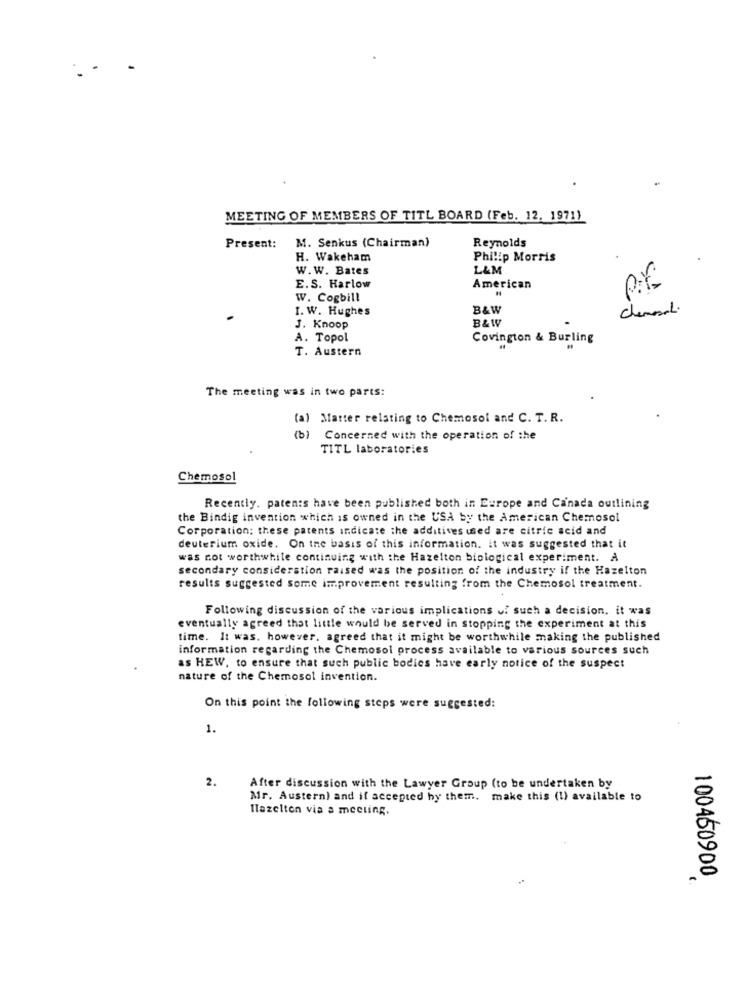
MEETING OF MEMBERS OF TITL BOARD (Feb. 12, 1971)
Reynolds
Present:
M. Senkus (Chairman)
H. Wakeham
Philip Morris
W. W. Bates
L&M
E.S. Harlow
American
W. Cogbill
I. W. Hughes
B&W
Chemoral.
B&W
J. Knoop
A. Topol
Covington & Burling
T. Austern
The meeting was in two parts:
(a) Matter relating to Chemosol and C. T. R.
(b) Concerned with the operation of the
TITL laboratories
Chemosol
Recently. patents have been published both in Europe and Canada outlining
the Bindig invention which is owned in the USA by the American Chemosol
Corporation: these patents indicate the additives used are citric acid and
deuterium oxide. On the basis of this information. it was suggested that it
was not worthwhile continuing with the Hazelton biological experiment. A
secondary consideration raised was the position of the industry if the Hazelton
results suggested some improvement resulting from the Chemosol treatment.
Following discussion of the various implications of such a decision. it was
eventually agreed that little would be served in stopping the experiment at this
time. It was. however. agreed that it might be worthwhile making the published
information regarding the Chemosol process available to various sources such
as HEW, to ensure that such public bodies have early notice of the suspect
nature of the Chemosol invention.
On this point the following steps were suggested:
1.
2.
After discussion with the Lawyer Group (to be undertaken by
Mr. Austern) and if accepted by them. make this (!) available to
Ilazelten via a meeting.
100450900,